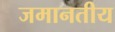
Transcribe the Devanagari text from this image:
जमानतीय